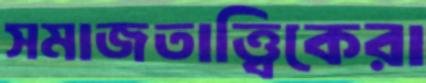
সমাজতাত্ত্বিকেরা